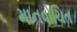
માનવોચિત